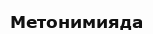
Метонимияда